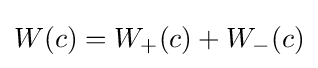
W(c)=W_{+}(c)+W_{-}(c)